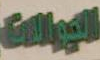
الجوالات